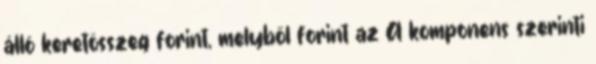
álló keretösszeg forint, melyből forint az A komponens szerinti